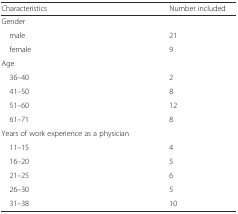
<table><thead><tr><td><b>Characteristics</b></td><td><b>Number included</b></td></tr></thead><tbody><tr><td colspan="2">Gender</td></tr><tr><td> male</td><td>21</td></tr><tr><td> female</td><td>9</td></tr><tr><td colspan="2">Age</td></tr><tr><td> 36–40</td><td>2</td></tr><tr><td> 41–50</td><td>8</td></tr><tr><td> 51–60</td><td>12</td></tr><tr><td> 61–71</td><td>8</td></tr><tr><td colspan="2">Years of work experience as a physician</td></tr><tr><td> 11–15</td><td>4</td></tr><tr><td> 16–20</td><td>5</td></tr><tr><td> 21–25</td><td>6</td></tr><tr><td> 26–30</td><td>5</td></tr><tr><td> 31–38</td><td>10</td></tr></tbody></table>